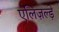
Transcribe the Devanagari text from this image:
एलिज़ल्ड़े